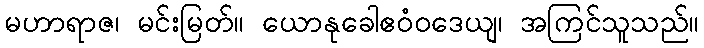
မဟာရာဇ၊ မင်းမြတ်။ ယောနုခေါဧဝံဝဒေယျ၊ အကြင်သူသည်။